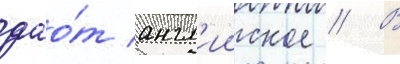
дао́т англ'ииское // В